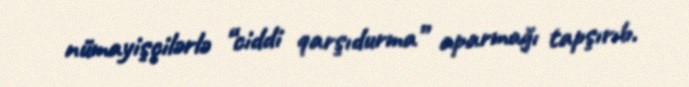
nümayişçilərlə “ciddi qarşıdurma” aparmağı tapşırıb.